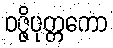
ဝဇ္ဇိပုတ္တကော